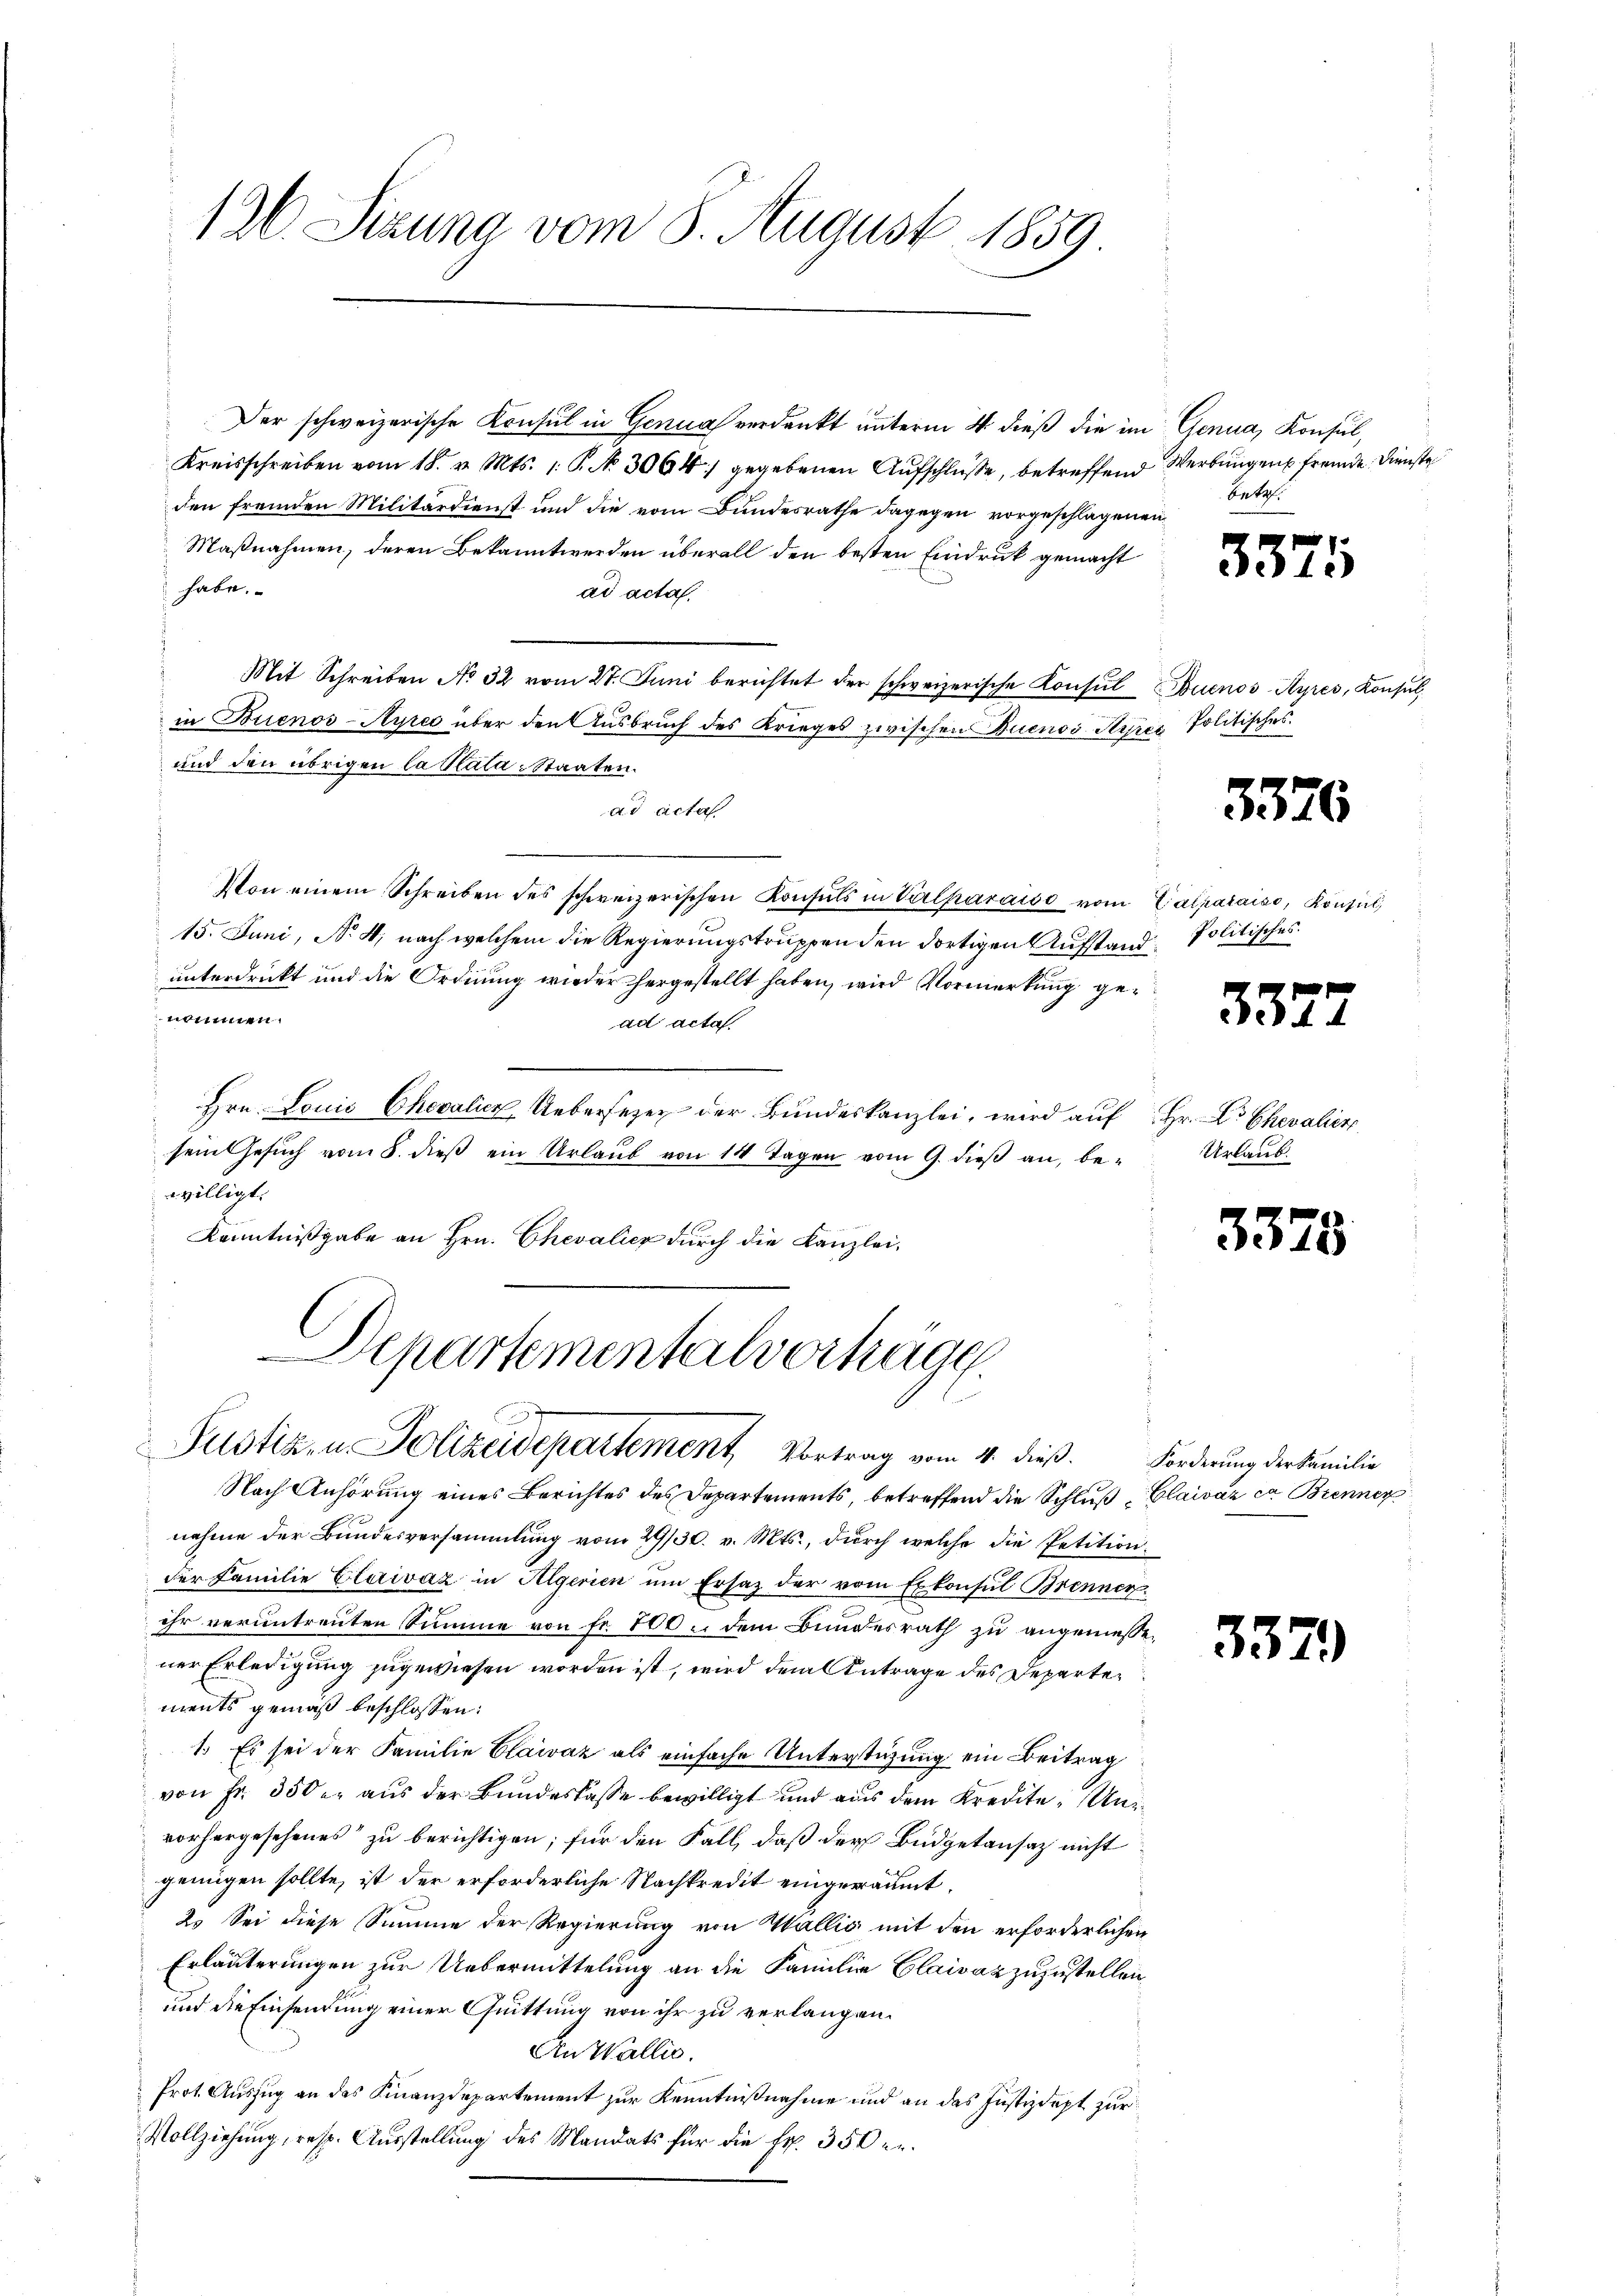
12. Sizung vom 8. August 1859.

Der schweizerische Konsul in Genua verdankt unterm 4. dieß die im Genua, Konsul,
Kreisschreiben vom 18. v. Mts. 1. P. N. 3064 gegebenen Aufschlüße, betreffend Werbungen fremde. Dienste
den fremden Militärdienst und die vom Bundesrathe dagegen vorgeschlagenen
Maßnahmen, deren Bekanntwerden überall den besten Eindruck gemacht
habe.
ad acta.
Mit Schreiben No 32 vom 27. Juni berichtet der schweizerische Konsul Buenos-Ayres, Konsul
in Buenos-Ayres über den Ausbruch des Krieges zwischen Buenos Ayrer Politisches
und den übrigen Castata-Staaten.
ad acta
Von einem Schreiben des schweizerischen Konsuls in Verlhardiso vom Casparais, Konsul,
15. Juni, No 4; nach welchem die Regierungstruppen den dortigen Aufstand Politisches
unterdrückt und die Ordnung wieder hergestellt haben, wird Vormerkung gentimen
ad acta.
Hrn. Louis Chevalicz Uebersezen der Bundeskanzlei, wird auf Hr. Dr Chevalier
sein Gesŭch vom 8. dieβ ein Urlaub von 14 Tagen vom 9. dieß an, be-
willigt.
Kenntnißgabe an Hrn. Chevalicz durch die Kanzlei-

Departementalverträge.
Justiz- u. Polizeidepartement, Vortrag vom 4. dieß. Forderung der Familie

Nach Anhörung eines Berichtes des Departements, betreffend die Schluß Glaivaz er Brenner
nahme der Bundesversammlung vom 29/30. v. Mts., dŭrch welche die Petition
der Familie Clariváz in Algerien um Ersatz der vom Exkonsul Brenner
ihr veruntreuten Summe von fr. 100. dem Bundesrath zu angemessener Erledigung zugewiesen worden ist, wird dem Antrage des Departements gemäß beschlossen:
1. Es sei der Familie Claivaz als einfache Unterstüzung ein Beitrag
von Fr. 350 er aus der Bundeskasse bewilligt und aus dem Kredite, Unvorhergesehenes“ zu berichtigen; für den Fall, daß der Budgetansaz nicht
genügen sollte, ist der erforderliche Nachkredit eingeräumt.
2. Sei diese Summe der Regierung von Wallis mit den erforderlichen
Erläuterungen zur Uebermittelung an die Familie Claivaz zuzustellen
und die Einsendung einer Quittung von ihr zu verlangen.
An Wallis.
Prot. Auszug an das Finanzdepartement zur Kenntnißnahme und an das Justizdept zur
Vollziehung, resp. Ausstellung des Mandats für die Fr. 350 er

Betal.

3375

3376

3372

Urlaub.

3375

35

)